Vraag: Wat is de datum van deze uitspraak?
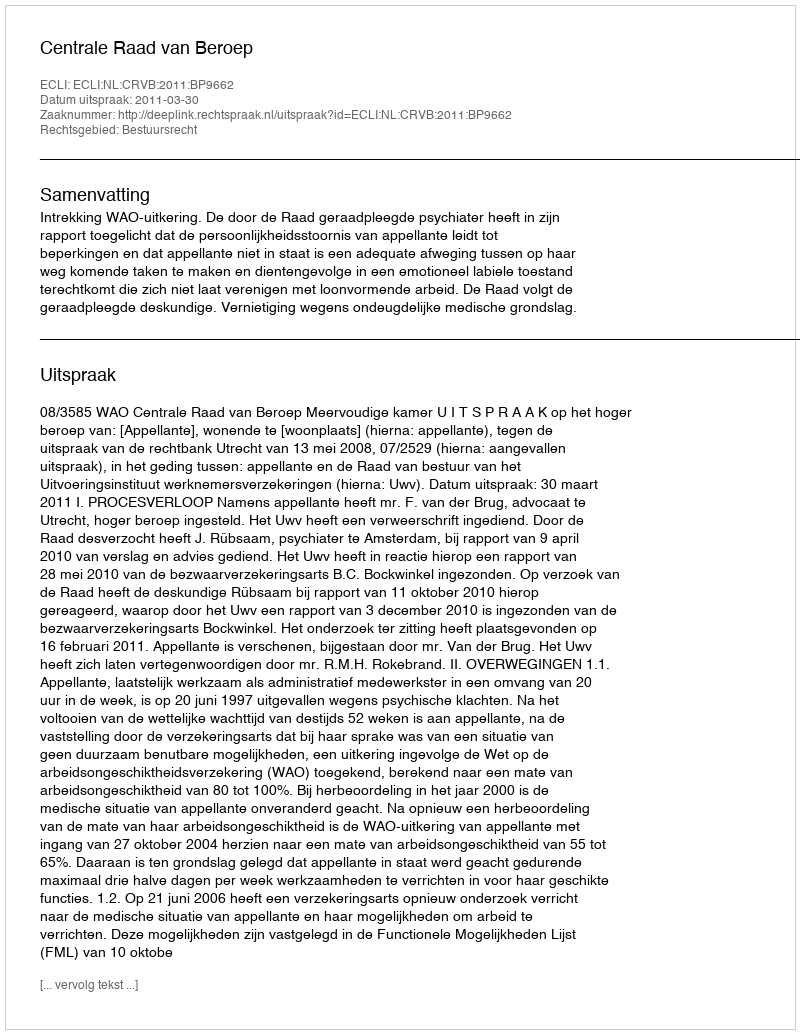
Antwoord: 2011-03-30